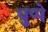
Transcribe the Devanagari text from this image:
धुप्पे